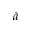
\grave { a }